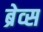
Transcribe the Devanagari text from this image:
ब्रेव्स